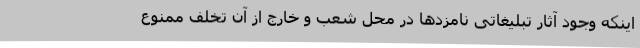
اینکه وجود آثار تبلیغاتی نامزدها در محل شعب و خارج از آن تخلف ممنوع